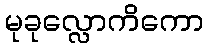
မုခုလ္လောကိကော